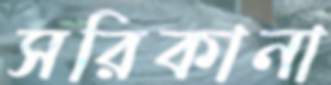
সরিকানা